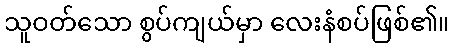
သူဝတ်သော စွပ်ကျယ်မှာ လေးနံစပ်ဖြစ်၏။